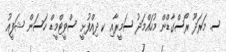
ސ. މަރަދޫ ރޯސްގާޑްން މުހައްމަދު ސަމީރާއި ކ ދިއްފުށީ ސްވީޓްމީޑް ހަސަން ޝަފީއު